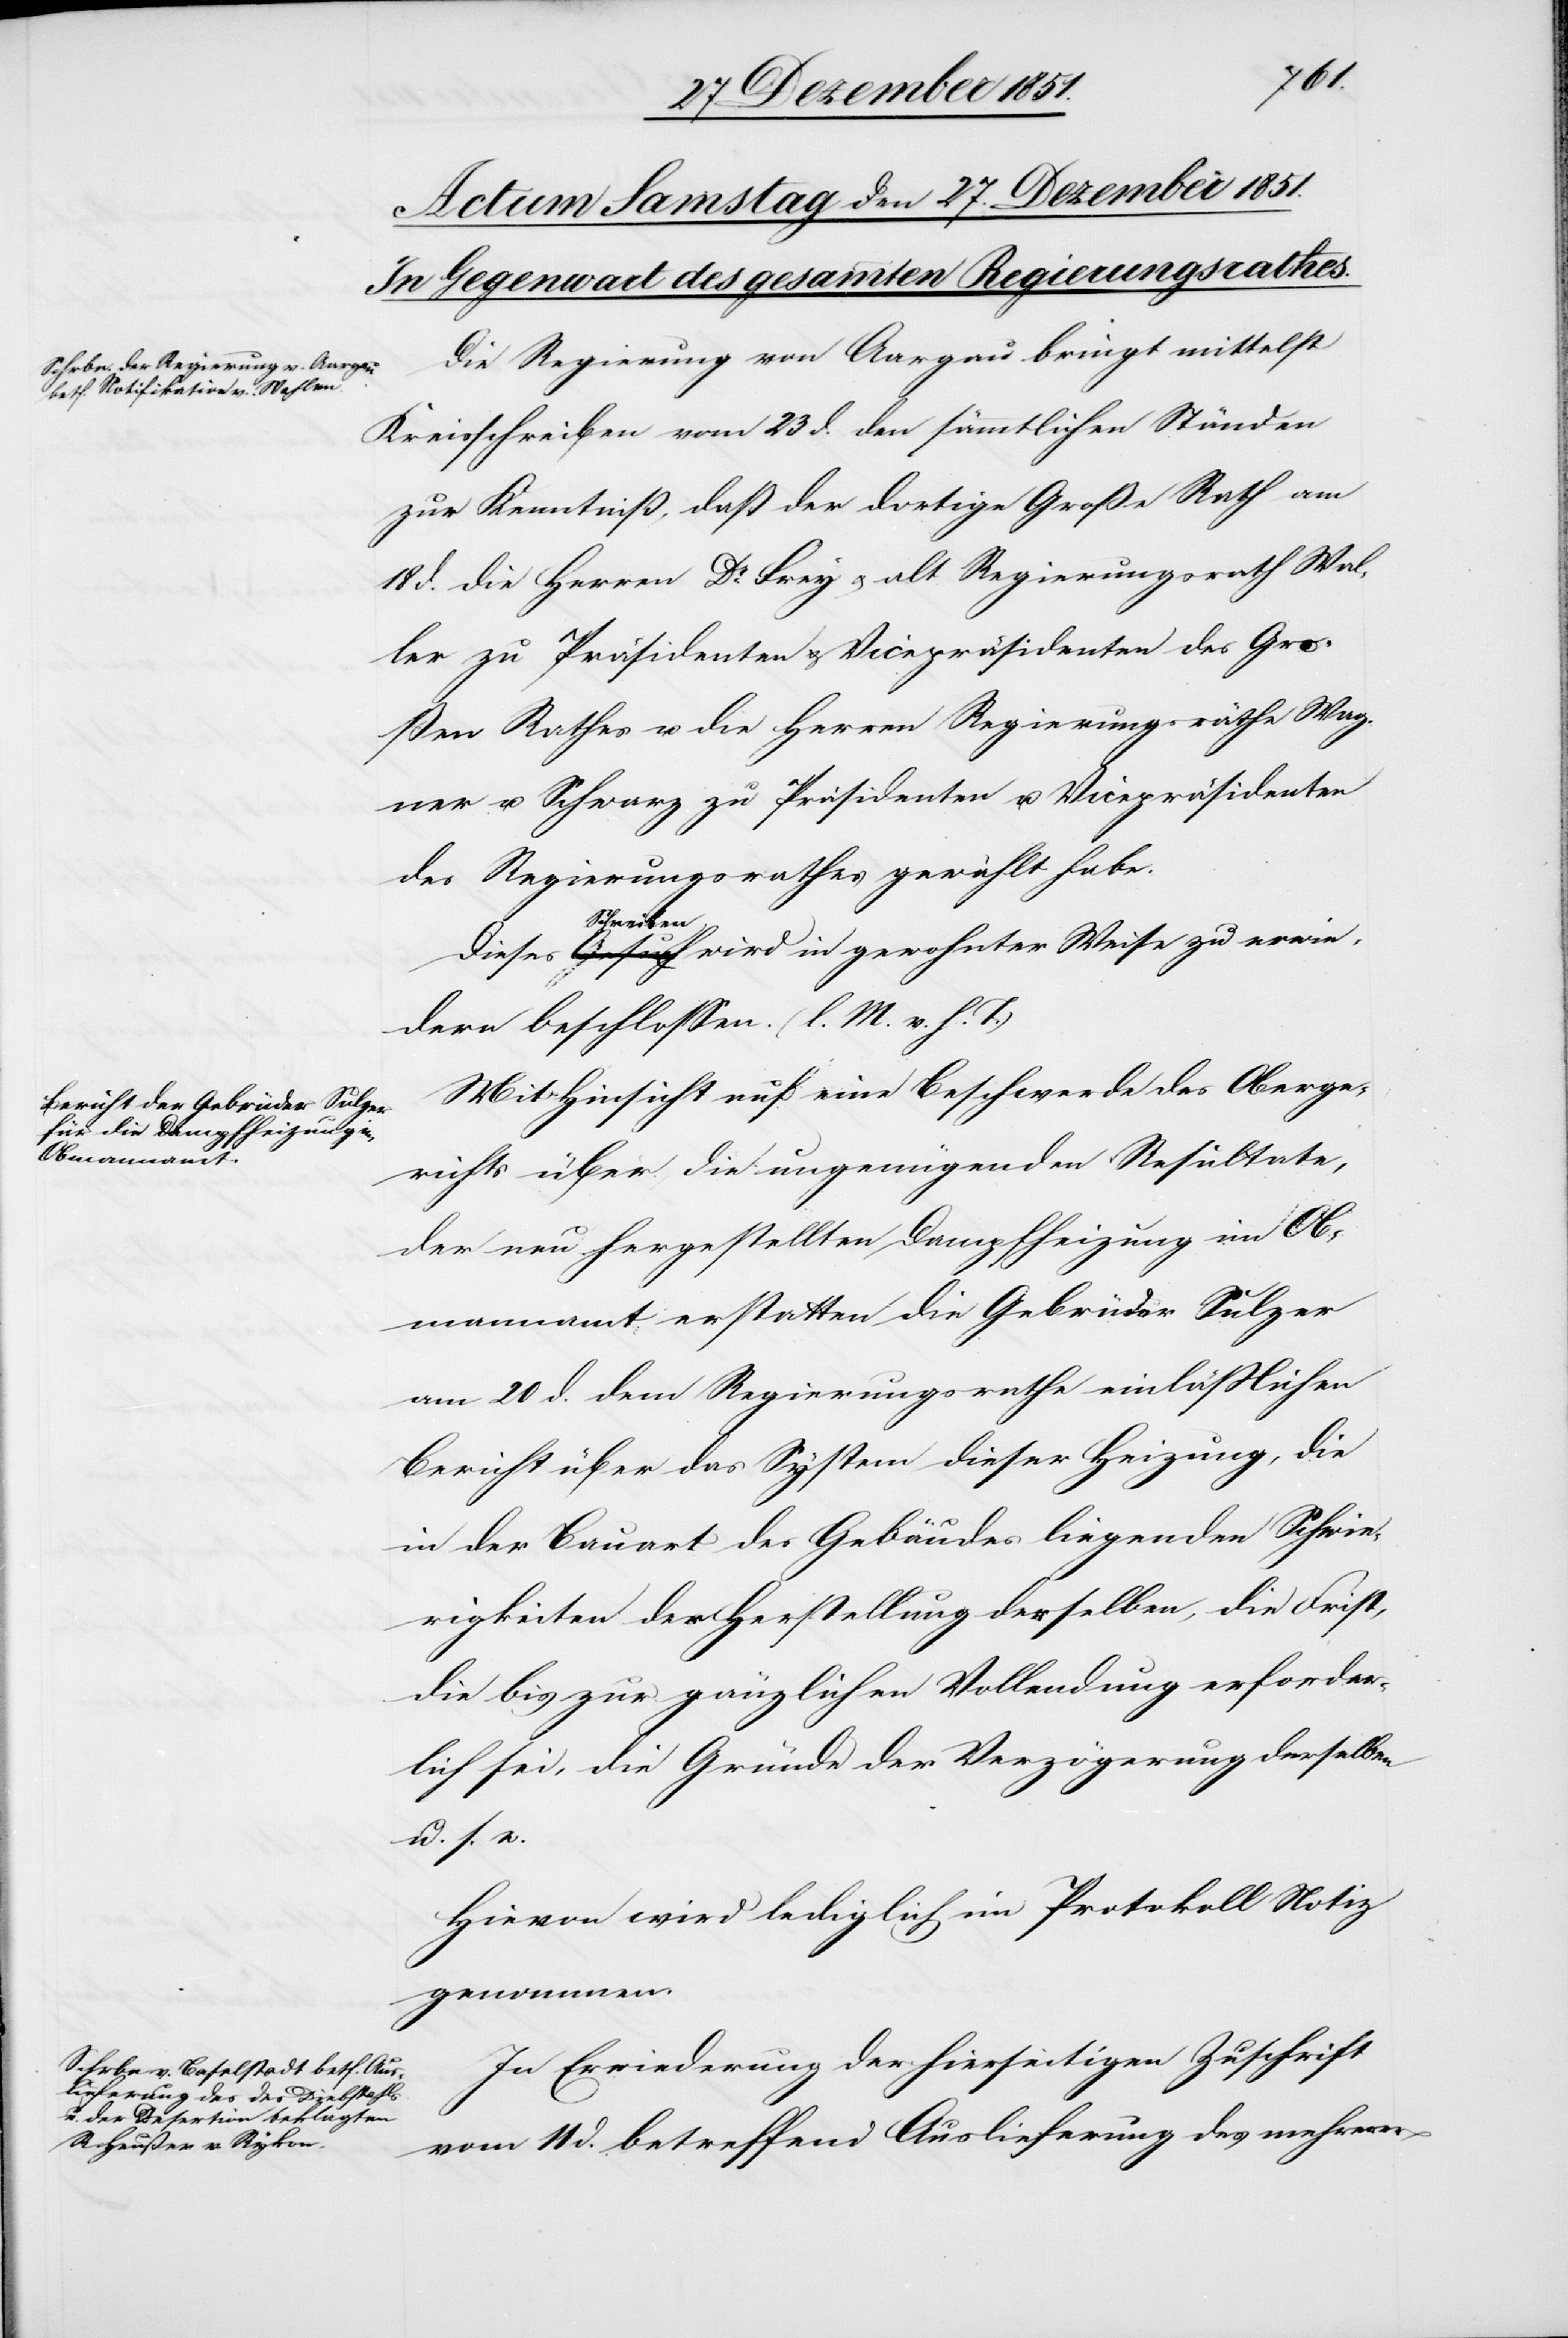
Die Regierung von Aargau bringt mittelst
Kreisschreiben vom 23 d. den sämmtlichen Ständen
zur Kenntniß, daß der dortige Große Rath am
18 d. die Herren Dr. Frey & alt Regierungsrath Wal¬
ler zu Präsidenten & Vicepräsidenten des Gro¬
ßen Rathes u. die Herren Regierungsräthe Wag¬
ner u. Schwarz zu Präsidenten u. Vicepräsidenten
des Regierungsrathes gewählt habe.
erwie¬
dern beschlossen. (l. M. v. h. T.)
Mit Hinsicht auf eine Beschwerde des Oberge¬
richts über die ungenügenden Resultate,
der neu hergestellten Dampfheizung im Ob¬
mannamt erstatten die Gebrüder Sulzer
am 20 d. dem Regierungsrathe einläßlichen
Bericht über das System dieser Heizung, die
in der Bauart des Gebäudes liegenden Schwie¬
rigkeiten der Herstellung derselben, die Frist,
die bis zur gänzlichen Vollendung erforder¬
lich sei, die Gründe der Verzögerung derselben
u. s. w.
Hievon wird lediglich im Protokoll Notiz
genommen.
In Erwiederung der hierseitigen Zuschrift
vom 11 d. betreffend Auslieferung des mehrerer